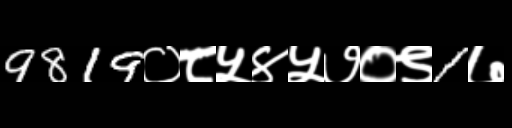
Text: 9819०८५४५७०९1७